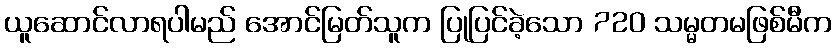
ယူဆောင်လာရပါမည် အောင်မြတ်သူက ပြုပြင်ခဲ့သော 720 သမ္မတမဖြစ်မီက